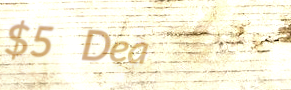
$5 Deal